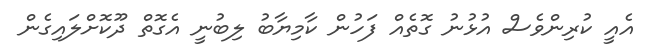
އެއީ ކުރިންވެސް އުޅުނު ގޮތެއް ފަހުން ކާމިޔާބު ލިބުނީ އެގޮތް ދޫކޮށްލައިގެން